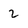
Character: 2